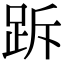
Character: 跅